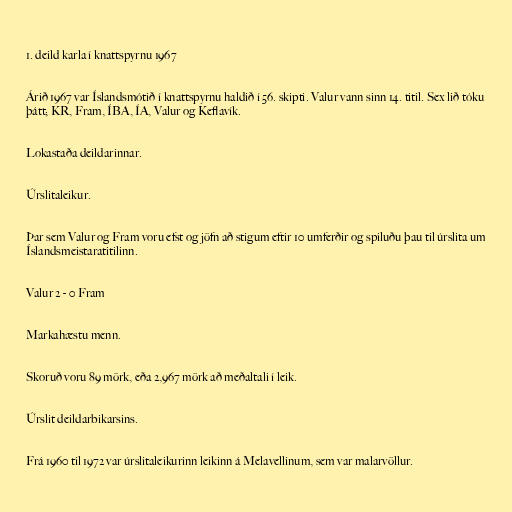
1. deild karla í knattspyrnu 1967

Árið 1967 var Íslandsmótið í knattspyrnu haldið í 56. skipti. Valur vann sinn 14. titil. Sex lið tóku
þátt; KR, Fram, ÍBA, ÍA, Valur og Keflavík.

Lokastaða deildarinnar.

Úrslitaleikur.

Þar sem Valur og Fram voru efst og jöfn að stigum eftir 10 umferðir og spiluðu þau til úrslita um
Íslandsmeistaratitilinn.

Valur 2 - 0 Fram

Markahæstu menn.

Skoruð voru 89 mörk, eða 2,967 mörk að meðaltali í leik.

Úrslit deildarbikarsins.

Frá 1960 til 1972 var úrslitaleikurinn leikinn á Melavellinum, sem var malarvöllur.